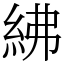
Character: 紼